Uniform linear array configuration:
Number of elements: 24
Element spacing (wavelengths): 0.25
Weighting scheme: cosine
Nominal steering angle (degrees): -45
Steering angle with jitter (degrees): -45.961
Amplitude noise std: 0.05
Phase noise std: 0.05

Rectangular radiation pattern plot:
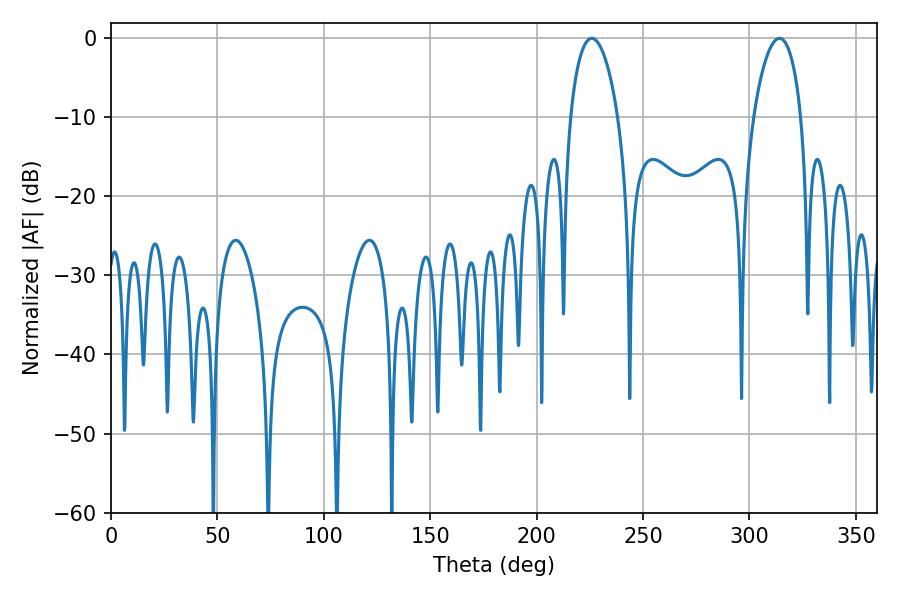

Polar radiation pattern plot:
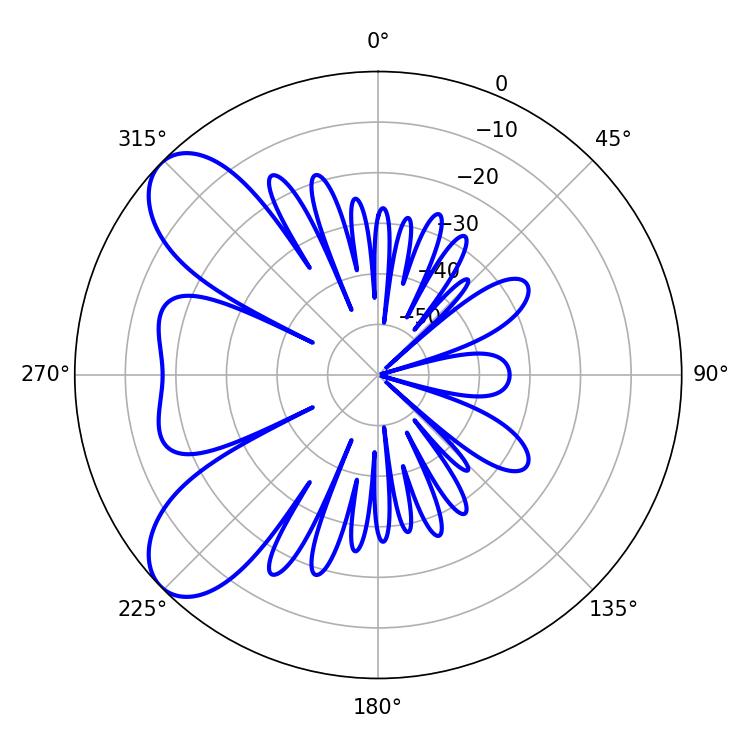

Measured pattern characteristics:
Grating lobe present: FALSE
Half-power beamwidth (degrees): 12.6
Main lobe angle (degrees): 225.9